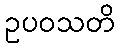
ဥပဝသတိ